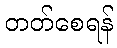
တတ်စေရန်